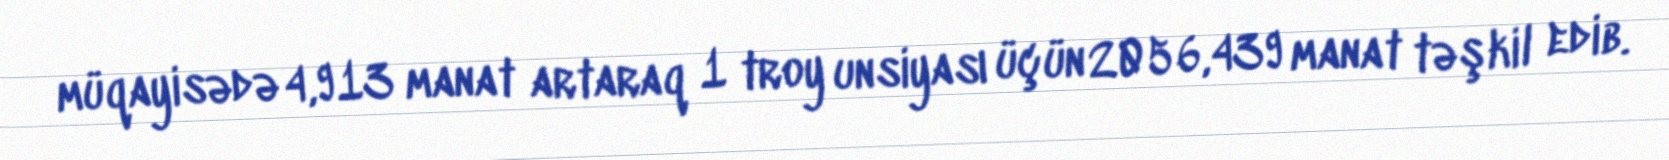
müqayisədə 4,913 manat artaraq 1 troy unsiyası üçün 2056,439 manat təşkil edib.